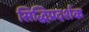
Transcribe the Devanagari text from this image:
सिद्धिप्रदर्शक